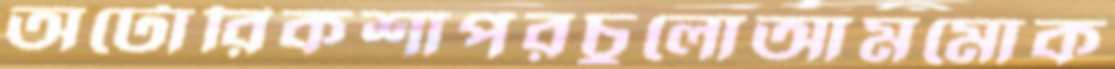
অটোরিকশাপরচুলোআমমোক